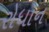
રોધાન